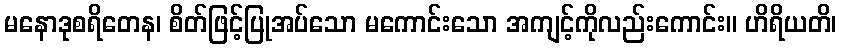
မနောဒုစရိတေန၊ စိတ်ဖြင့်ပြုအပ်သော မကောင်းသော အကျင့်ကိုလည်းကောင်း။ ဟိရိယတိ၊